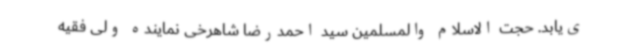
ی‌یابد. حجت الاسلام والمسلمین سید احمدرضا شاهرخی نماینده ولی فقیه